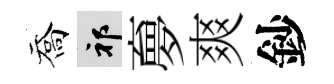
喬祁夣爽鈔